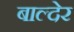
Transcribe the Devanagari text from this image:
बाल्देर